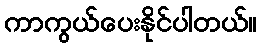
ကာကွယ်ပေးနိုင်ပါတယ်။